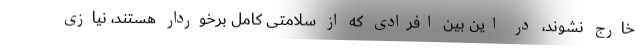
خارج نشوند، در این بین افرادی که از سلامتی کامل برخوردار هستند، نیازی